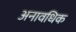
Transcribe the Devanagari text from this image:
अनावधिक